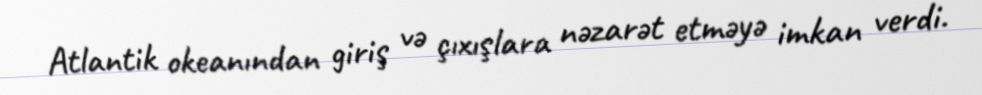
Atlantik okeanından giriş və çıxışlara nəzarət etməyə imkan verdi.